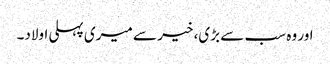
اور وہ سب سے بڑی، خیر سے میری پہلی اولاد۔